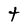
Character: t